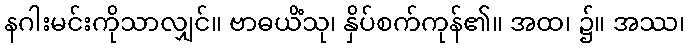
နဂါးမင်းကိုသာလျှင်။ ဗာဓယိံသု၊ နှိပ်စက်ကုန်၏။ အထ၊ ၌။ အဿ၊